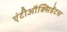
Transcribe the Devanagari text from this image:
एंटीऔक्सिडेंटस